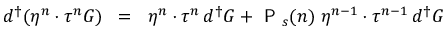
{ d ^ { \dagger } } ( \eta ^ { n } \cdot \tau ^ { n } { \cal { G } } ) \; \; = \; \; \eta ^ { n } \cdot \tau ^ { n } \, { d ^ { \dagger } } { \cal { G } } + { \textsf { P } } _ { s } ( n ) \; \eta ^ { n - 1 } \cdot \tau ^ { n - 1 } \, { d ^ { \dagger } } { \cal { G } }